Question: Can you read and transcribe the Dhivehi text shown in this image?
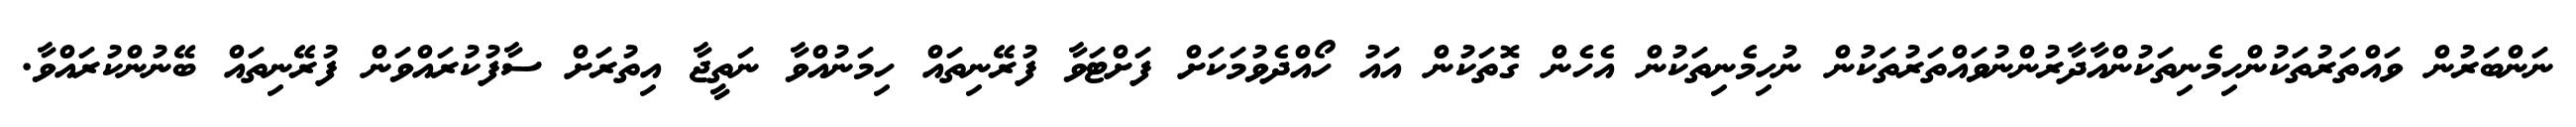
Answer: ނަންބަރުން ވައްތަރުތަކުންހިމެނިތަކުންއާދާރުންނުވައްތަރުތަކުން ނުހިމެނިތަކުން އެހެން ގޮތަކުން އައު ހޯއްދެވުމަކަށް ފަށްޓަވާ ފުރޭނިތައް ހިމަނުއްވާ ނަތީޖާ އިތުރަށް ސާފުކުރައްވަން ފުރޭނިތައް ބޭނުންކުރައްވާ.